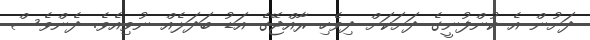
ދަށުން އެ ކުންފުނީގެ ދަށަކަށް ދިވެހި ރާއްޖޭގެ އަޑު ބަދަލެއް ނުވިއެވެ. ދެންވެސް